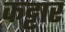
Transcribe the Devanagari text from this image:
कट्टार